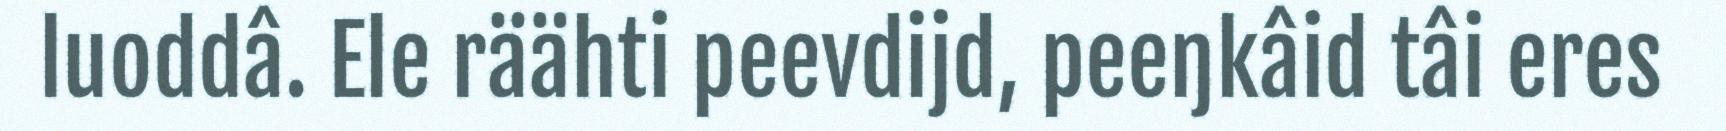
luoddâ. Ele räähti peevdijd, peeŋkâid tâi eres